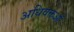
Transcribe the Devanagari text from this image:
अधिवक्तओं